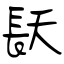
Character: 镺